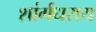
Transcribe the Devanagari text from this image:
शांर्गधराय